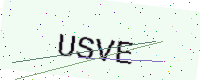
Text: USVE